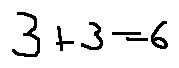
3 + 3 = 6